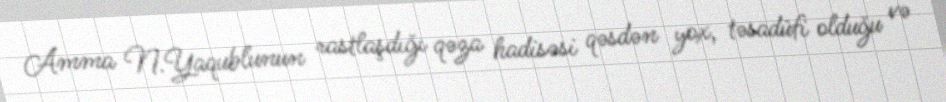
Amma N.Yaqublunun rastlaşdığı qəza hadisəsi qəsdən yox, təsadüfi olduğu və